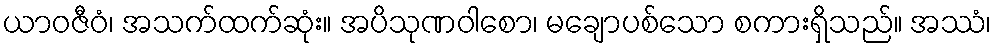
ယာဝဇီဝံ၊ အသက်ထက်ဆုံး။ အပိသုဏဝါစော၊ မချောပစ်သော စကားရှိသည်။ အဿံ၊